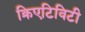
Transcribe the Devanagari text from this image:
क्रिएटिविटी